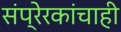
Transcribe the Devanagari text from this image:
संप्रेरकांचाही